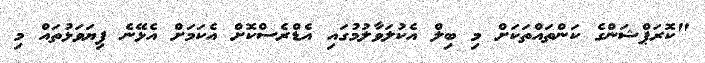
"ކޮރަޕްޝަންގެ ކަންތައްތަކަށް މި ބިލް އެކުލަވާލުމުގައި އެޑްރެސްކޮށް އެކަމަށް އެޅޭނެ ފިޔަވަޅުތައް މި